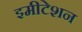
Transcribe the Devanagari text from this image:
इमीटेशन